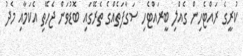
ކުރީގެ ރައްޓެހިން ގެއްލި ބީރައްޓެހި ސަގާފަތެއްގެ ތެރޭގައި ބޮޑުވަން ޖެހޭތި އެކަމާއި މެދު